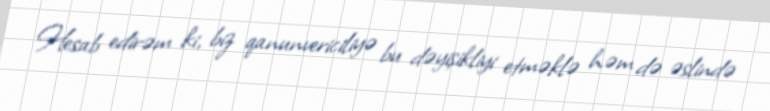
Hesab edirəm ki, biz qanunvericiliyə bu dəyişikliyi etməklə həm də əslində